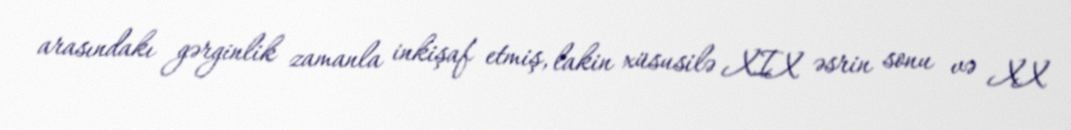
arasındakı gərginlik zamanla inkişaf etmiş, lakin xüsusilə XIX əsrin sonu və XX